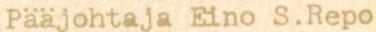
Pääjohtaja Eino S.Repo